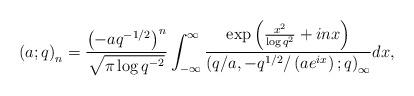
LaTeX: \begin{align*}\left(a;q\right)_{n}=\frac{\left(-aq^{-1/2}\right)^{n}}{\sqrt{\pi\log q^{-2}}}\int_{-\infty}^{\infty}\frac{\exp\left(\frac{x^{2}}{\log q^{2}}+inx\right)}{\left(q/a,-q^{1/2}/\left(ae^{ix}\right);q\right)_{\infty}}dx,\end{align*}